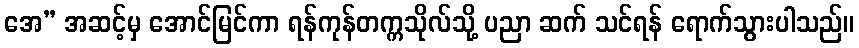
အေ” အဆင့်မှ အောင်မြင်ကာ ရန်ကုန်တက္ကသိုလ်သို့ ပညာ ဆက် သင်ရန် ရောက်သွားပါသည်။